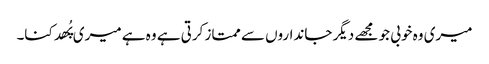
میری وہ خوبی جو مجھے دیگر جانداروں سے ممتاز کرتی ہے وہ ہے میری پُھدکنا۔